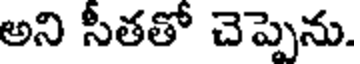
అని సీతతో చెప్పెను.